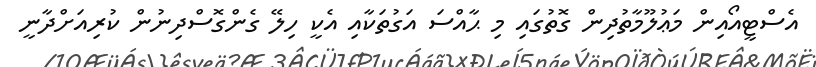
އެސްޓީއޯއިން މަޢުލޫމާތުދިން ގޮތުގައި މި ޙާއްސަ އަގުތަކާއި އެކީ ހިލޭ ގެންގޮސްދިނުން ކުރިއަށްދާނީ